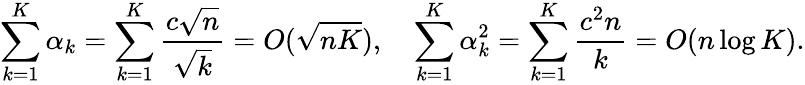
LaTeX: \sum_{k=1}^{K}\alpha_{k}=\sum_{k=1}^{K}\frac{c\sqrt{n}}{\sqrt{k}}=O(\sqrt{nK}),\quad\sum_{k=1}^{K}\alpha_{k}^{2}=\sum_{k=1}^{K}\frac{c^{2}n}{k}=O(n\log K).